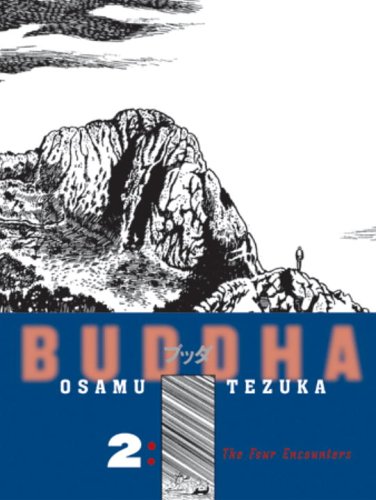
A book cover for Buddha, Vol. 2: The Four Encounters; Osamu Tezuka; Comics & Graphic Novels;